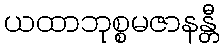
ယထာဘုစ္စမဇာနန္တီ